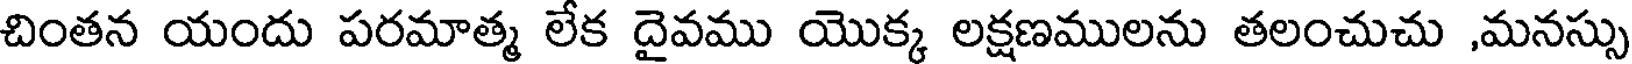
చింతన యందు పరమాత్మ లేక దైవము యొక్క లక్షణములను తలంచుచు ,మనస్సు